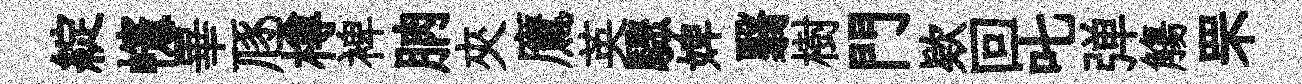
綻幰畢豗樽裨朒夾鷹英驟婢翳樹門欵回叱弹觴罘